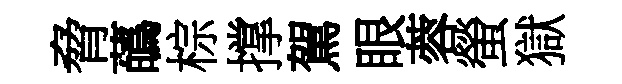
脅蘤棕撑駕眼蓉螢獄